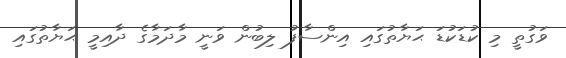
ވަގުތީ މި ކުޑަކުޑަ ޙަޔާތުގައި އިންސާފު ލިބުން ވަނީ މާދަމާގެ ދާއިމީ ޙަޔާތުގައި